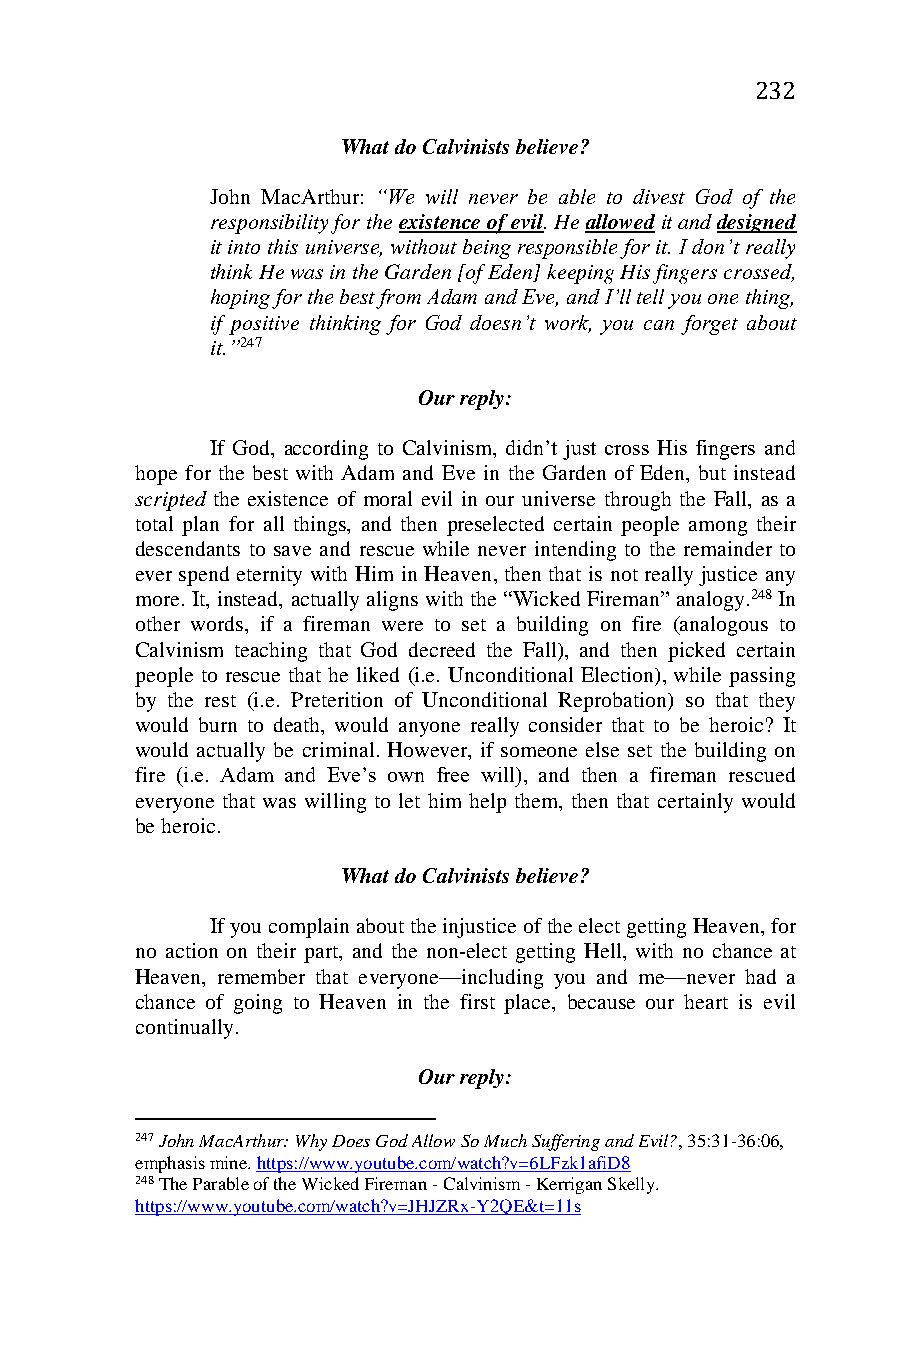
232
 What do Calvinists believe?
 John MacArthur: “We will never be able to divest God of the
 responsibility for the existence of evil. He allowed it and designed
 it into this universe, without being responsible for it. I don’t really
 think He was in the Garden [of Eden] keeping His fingers crossed,
 hoping for the best from Adam and Eve, and I’ll tell you one thing,
 if positive thinking for God doesn’t work, you can forget about
 it.”247
 Our reply:
 If God, according to Calvinism, didn’t just cross His fingers and
 hope for the best with Adam and Eve in the Garden of Eden, but instead
 scripted the existence of moral evil in our universe through the Fall, as a
 total plan for all things, and then preselected certain people among their
 descendants to save and rescue while never intending to the remainder to
 ever spend eternity with Him in Heaven, then that is not really justice any
 more. It, instead, actually aligns with the “Wicked Fireman” analogy.248 In
 other words, if a fireman were to set a building on fire (analogous to
 Calvinism teaching that God decreed the Fall), and then picked certain
 people to rescue that he liked (i.e. Unconditional Election), while passing
 by the rest (i.e. Preterition of Unconditional Reprobation) so that they
 would burn to death, would anyone really consider that to be heroic? It
 would actually be criminal. However, if someone else set the building on
 fire (i.e. Adam and Eve’s own free will), and then a fireman rescued
 everyone that was willing to let him help them, then that certainly would
 be heroic.
 What do Calvinists believe?
 If you complain about the injustice of the elect getting Heaven, for
 no action on their part, and the non-elect getting Hell, with no chance at
 Heaven, remember that everyone—including you and me—never had a
 chance of going to Heaven in the first place, because our heart is evil
 continually.
 Our reply:
 247 John MacArthur: Why Does God Allow So Much Suffering and Evil?, 35:31-36:06,
 emphasis mine. https://www.youtube.com/watch?v=6LFzk1afiD8
 248 The Parable of the Wicked Fireman - Calvinism - Kerrigan Skelly.
 https://www.youtube.com/watch?v=JHJZRx-Y2QE&t=11s